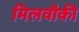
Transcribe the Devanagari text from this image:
मिलवौकी